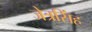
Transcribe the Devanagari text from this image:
जेत्रसिंह